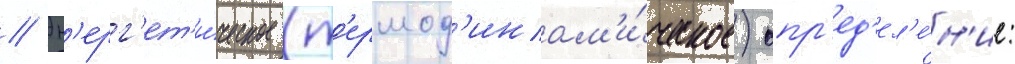
// Эн'ерг'ет'и́ческое (т'ермод'инам'и́ческое) опр'ед'ел'е́н'ие: